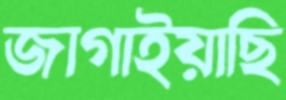
জাগাইয়াছি